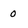
Character: o